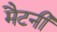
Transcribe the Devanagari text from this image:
मैटनी